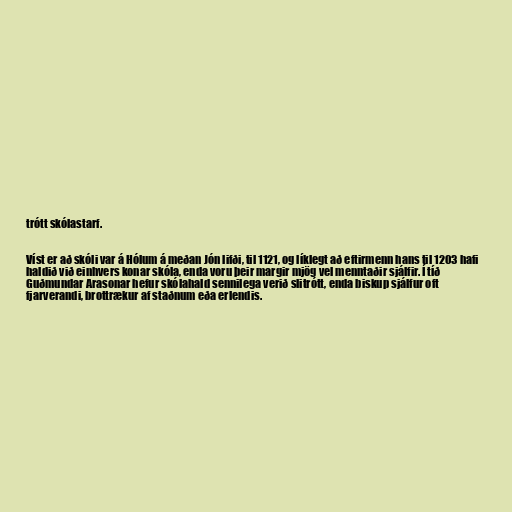
trótt skólastarf.

Víst er að skóli var á Hólum á meðan Jón lifði, til 1121, og líklegt að eftirmenn hans til 1203 hafi
haldið við einhvers konar skóla, enda voru þeir margir mjög vel menntaðir sjálfir. Í tíð
Guðmundar Arasonar hefur skólahald sennilega verið slitrótt, enda biskup sjálfur oft
fjarverandi, brottrækur af staðnum eða erlendis.